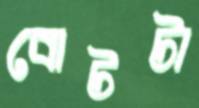
বোটটা